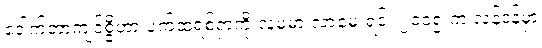
ဒေါက်တာကျင်စွိဟာ ပက်ထရစ်ရှာကို လူမမာ လာမေးရင်း ၂၀၁၅ က လန်ဒန်မှာ